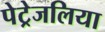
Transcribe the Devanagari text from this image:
पेट्रेजलिया